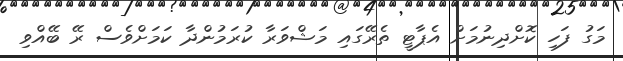
މަގު ފަހި ކޮށްދިނުމަށް އެޕާޓީ ތެރޭގައި މަޝްވަރާ ކުރަމުންދާ ކަމަށްވެސް ރޭ ބޭއްވި